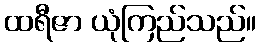
ထရီဇာ ယုံကြည်သည်။